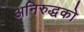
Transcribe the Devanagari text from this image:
अनिरुद्धको